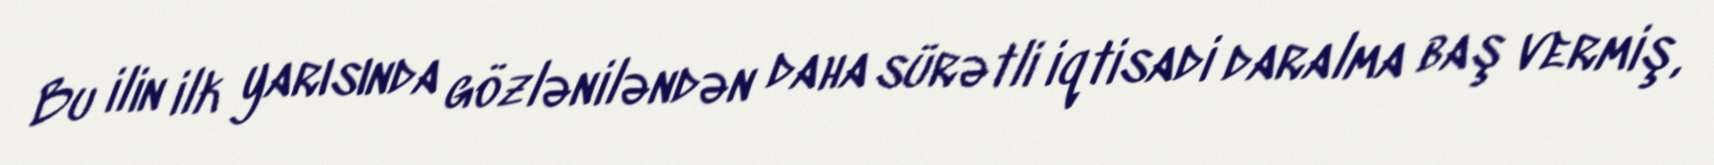
Bu ilin ilk yarısında gözləniləndən daha sürətli iqtisadi daralma baş vermiş,